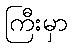
ကြီးမှာ